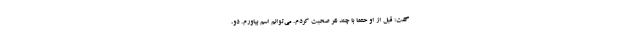
گفت: قبل از او حتما با چند نفر صحبت کردم. می‌توانم اسم بیاورم. دو،